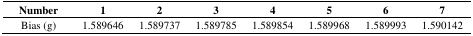
<table><thead><tr><td><b>Number</b></td><td><b>1</b></td><td><b>2</b></td><td><b>3</b></td><td><b>4</b></td><td><b>5</b></td><td><b>6</b></td><td><b>7</b></td></tr></thead><tbody><tr><td>Bias (g)</td><td>1.589646</td><td>1.589737</td><td>1.589785</td><td>1.589854</td><td>1.589968</td><td>1.589993</td><td>1.590142</td></tr></tbody></table>